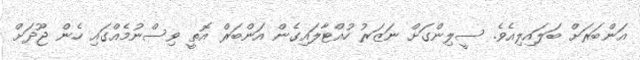
އަންބަރަށް ބަލައިލިއެވެ. ސީލިންގަށް ނަޒަރު ހުއްޓާލައިގެން އަންބަރް އޮތީ ވިސްނުމެއްގައި ހެން ޖޫދަށް